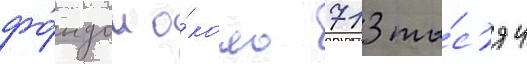
фо́ндом о́коло 713 ты́с'яч